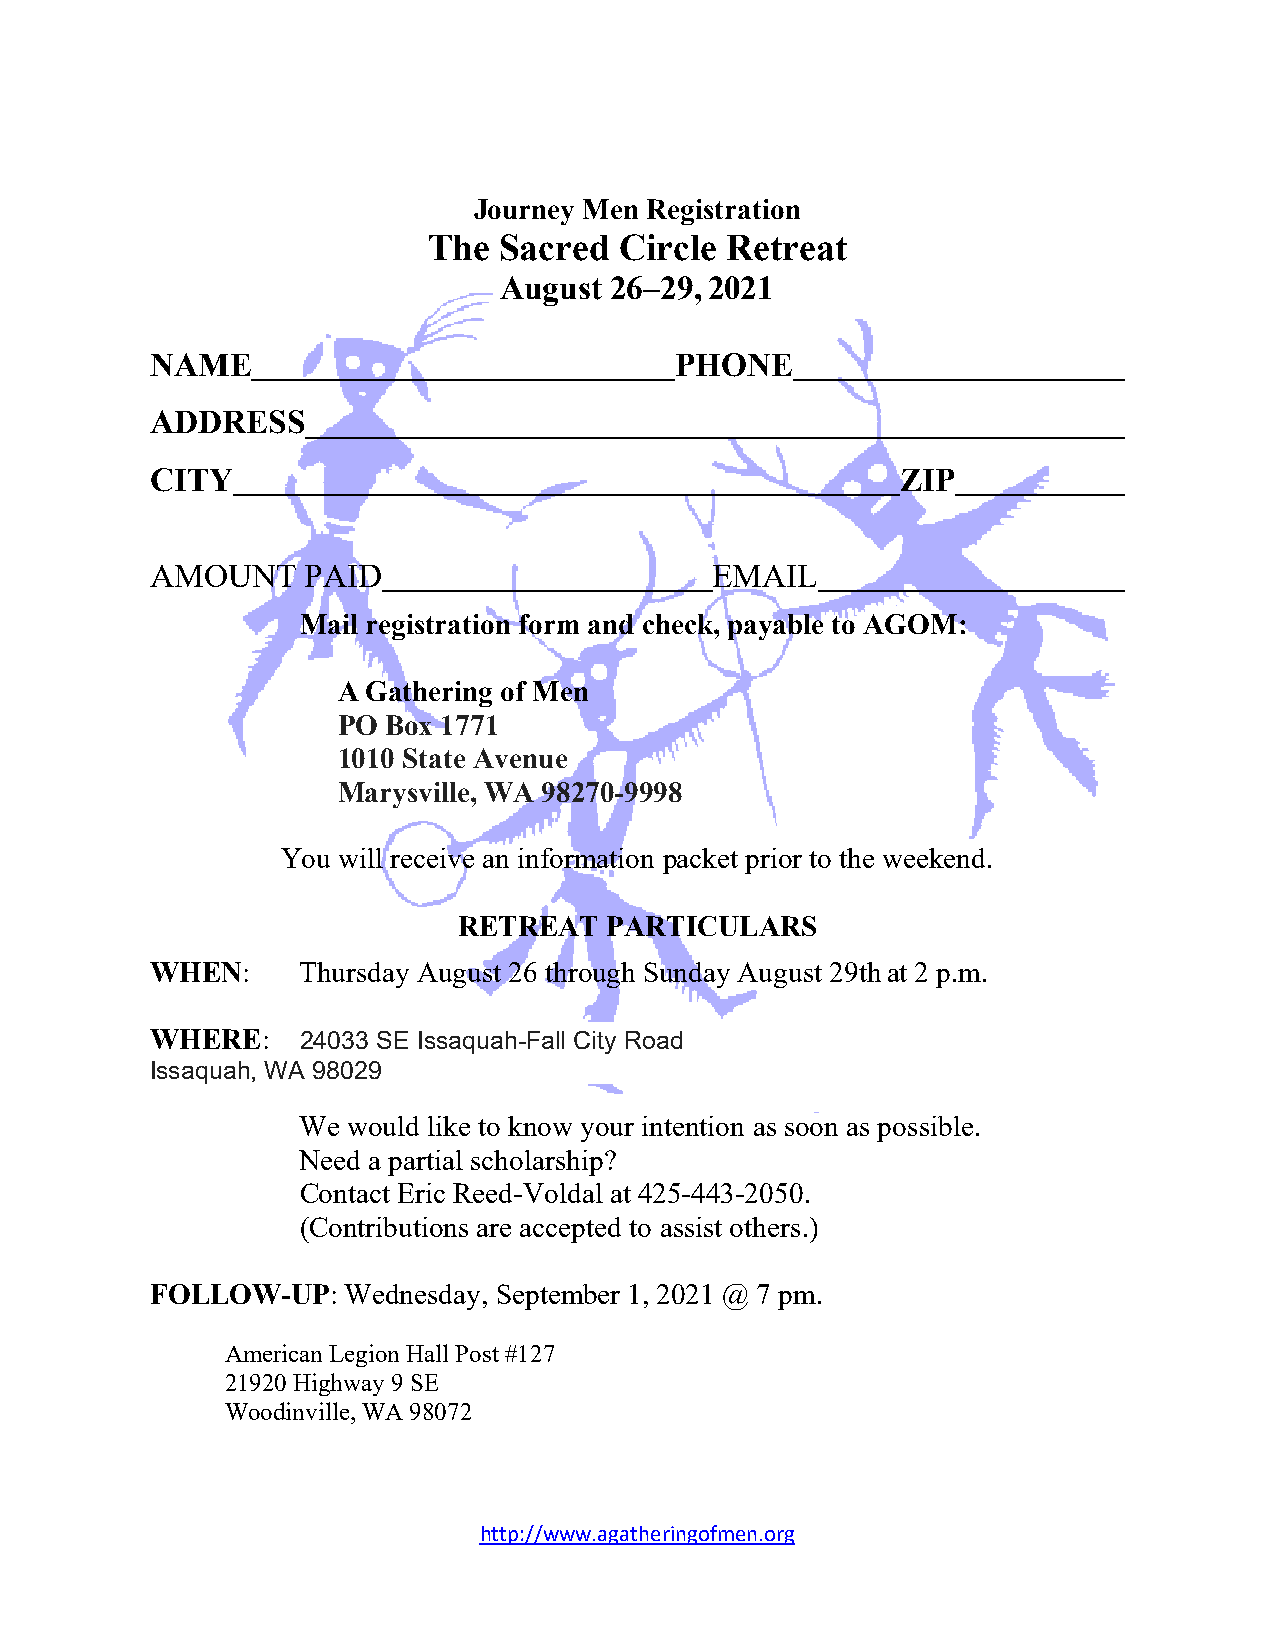
Journey Men Registration
 The  Sacred  Circle Retreat
 August 26–29,2021
 NAME                               PHONE
 ADDRESS
 CITY                                              ZIP
 AMOUNT    PAID                       EMAIL
 Mail registration form and check, payable to AGOM:
 A Gathering of Men
 PO  Box 1771
 1010 State Avenue
 Marysville, WA 98270-9998
 You will receive an information packet prior to the weekend.
 RETREAT   PARTICULARS
 WHEN:     Thursday August 26 through Sunday August 29th at 2 p.m.
 WHERE:    24033 SE Issaquah-Fall City Road
 Issaquah, WA 98029
 We would like to know your intention as soon as possible.
 Need a partial scholarship?
 Contact Eric Reed-Voldal at 425-443-2050.
 (Contributions are accepted to assist others.)
 FOLLOW-UP:   Wednesday, September 1, 2021 @ 7 pm.
 American Legion Hall Post #127
 21920 Highway 9 SE
 Woodinville, WA 98072
 http://www.agatheringofmen.org